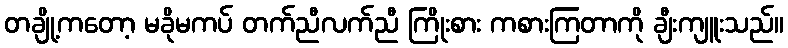
တချို့ကတော့ မခိုမကပ် တက်ညီလက်ညီ ကြိုးစား ကစားကြတာကို ချီးကျူးသည်။